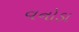
વનોડા